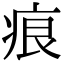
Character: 痕